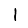
Digit: 1